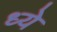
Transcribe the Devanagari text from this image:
ध्ये